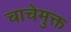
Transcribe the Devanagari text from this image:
चाचेमुक्त